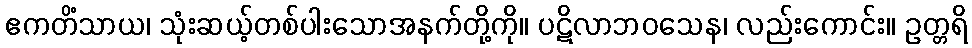
ဧကတိံသာယ၊ သုံးဆယ့်တစ်ပါးသောအနက်တို့ကို။ ပဋိလာဘဝသေန၊ လည်းကောင်း။ ဥတ္တရိ